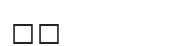
٥٤